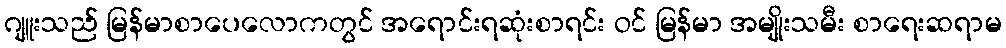
ဂျူးသည် မြန်မာစာပေလောကတွင် အရောင်းရဆုံးစာရင်း ဝင် မြန်မာ အမျိုးသမီး စာရေးဆရာမ